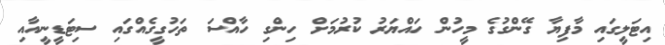
އިޓަލީގައި މާފިޔާ ގޭންގުގެ މީހުން ހައްޔަރު ކުރުމަށް ހިންގި ހާއްސަ ތަހުގީގެއްގައި ސިޓަޑީނީއާއި